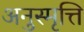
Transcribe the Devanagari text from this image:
अनुस्मृत्ति